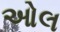
ઓલ